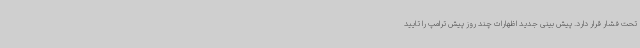
تحت فشار قرار دارد. پیش بینی جدید اظهارات چند روز پیش ترامپ را تایید